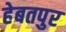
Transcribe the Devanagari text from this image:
हेबतपुर